Report of the Indian Hemp Drugs Commission, 1894-1895 - Volume VII
Year: 1894
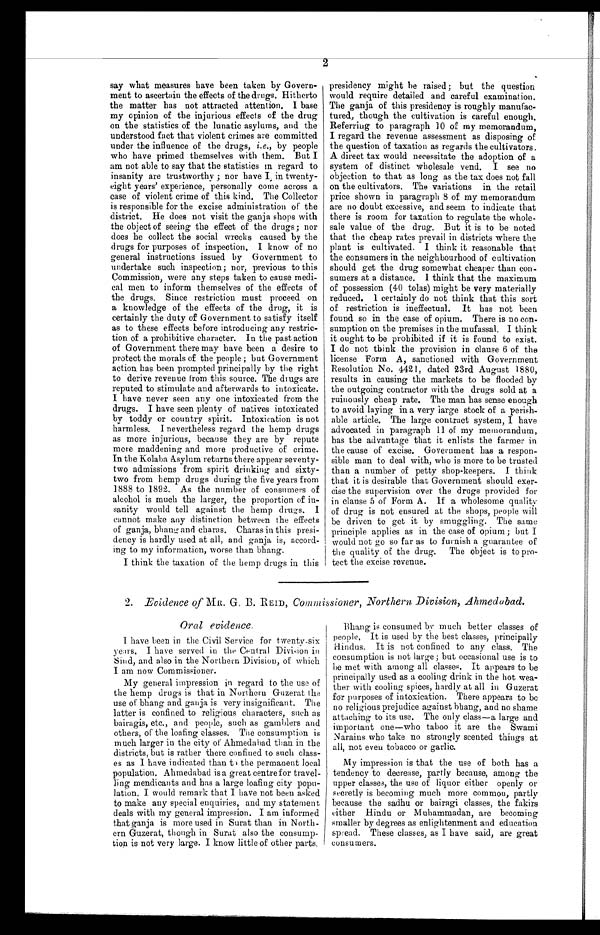
2
say what measures have been taken by Govern
-ment to ascertain the effects of the drugs. Hitherto
the matter has not attracted attention. I base
my opinion of the injurious effects of the drug
on the statistics of the lunatic asylums, and the
understood fact that violent crimes are committed
under the influence of the drugs, i.e., by people
who have primed themselves with them. But I
am not able to say that the statistics in regard to
insanity are trustworthy ; nor have I in twenty-
eight years' experience, personally come across a
case of violent crime of this kind. The Collector
is responsible for the excise administration of the
district. He does not visit the ganja shops with
the object of seeing the effect of the drugs; nor
does he collect the social wrecks caused by the
drugs for purposes of inspection. I know of no
general instructions issued by Government to
undertake such inspection; nor, previous to this
Commission, were any steps taken to cause medi
-cal men to inform themselves of the effects of
the drugs. Since restriction must proceed on
a knowledge of the effects of the drug, it is
certainly the duty of Government to satisfy itself
as to these effects before introducing any restric
-tion of a prohibitive character. In the past action
of Government there may have been a desire to
protect the morals of the people ; but Government
action has been prompted principally by the right
to derive revenue from this source. The drugs are
reputed to stimulate and afterwards to intoxicate.
I have never seen any one intoxicated from the
drugs. I have seen plenty of natives intoxicated
by toddy or country spirit. Intoxication is not
harmless. I nevertheless regard the hemp drugs
as more injurious, because they are by repute
more maddening and more productive of crime.
In the Kolaba Asylum returns there appear seventy
-two admissions from spirit drinking and sixty
-two from hemp drugs during the five years from
1888 to 1892. As the number of consumers of
alcohol is much the larger, the proportion of in-
sanity would tell against the hemp drugs. I
cannot make any distinction between the effects
of ganja, bhang and charas. Charas in this presi
-dency is hardly used at all, and ganja is, accord
-ing to my information, worse than bhang.
I think the taxation of the hemp drugs in this
presidency might be raised; but the question
would require detailed and careful examination.
The ganja of this presidency is roughly manufac
-tured, though the cultivation is careful enough.
Referring to paragraph 10 of my memorandum,
I regard the revenue assessment as disposing of
the question of taxation as regards the cultivators.
A direct tax would necessitate the adoption of a
system of distinct wholesale vend. I see no
objection to that as long as the tax does not fall
on the cultivators. The variations in the retail
price shown in paragraph 8 of my memorandum
are no doubt excessive, and seem to indicate that
there is room for taxation to regulate the whole
-sale value of the drug. But it is to be noted
that the cheap rates prevail in districts where the
plant is cultivated. I think it reasonable that
the consumers in the neighbourhood of cultivation
should get the drug somewhat cheaper than con
-sumers at a distance. I think that the maximum
of possession (40 tolas) might be very materially
reduced. 1 certainly do not think that this sort
of restriction is ineffectual. It has not been
found so in the case of opium. There is no con
-sumption on the premises in the mufassal. I think
it ought to be prohibited if it is found to exist.
I do not think the provision in clause 6 of the
license Form A, sanctioned with Government
Resolution No. 4421, dated 23rd August 1880,
results in causing the markets to be flooded by
the outgoing contractor with the drugs sold at a
ruinously cheap rate. The man has sense enough
to avoid laying in a very large stock of a perish
-able article. The large contract system, I have
advocated in paragraph 11 of my memorandum,
has the advantage that it enlists the farmer in
the cause of excise. Government has a respon
-sible man to deal with, who is more to be trusted
than a number of petty shop-keepers. I think
that it is desirable that Government should exer
-cise the supervision over the drugs provided for
in clause 5 of Form A. If a wholesome quality
of drug is not ensured at the shops, people will
be driven to get it by smuggling. The same
principle applies as in the case of opium; but I
would not go so far as to furnish a guarantee of
the quality of the drug. The object is to pro
-tect the excise revenue.
2. Evidence of MR. G. B. REID, Commissioner, Northern Division, Ahmedabad.
Oral evidence.
I have been in the Civil Service for twenty-six
years. I have served in the Central Division in
Sind, and also in the Northern Division, of which
I am now Commissioner.
My general impression in regard to the use of
the hemp drugs is that in Northern Guzerat the
use of bhang and ganja is very insignificant. The
latter is confined to religious characters, such as
bairagis, etc., and people, such as gamblers and
others, of the loafing classes. The consumption is
much larger in the city of Ahmedabad than in the
districts, but is rather there confined to such class
-es as I have indicated than to the permanent local
population. Ahmedabad is a great centre for travel
-ling mendicants and has a large loafing city popu
-lation. I would remark that I have not been asked
to make any special enquiries, and my statement
deals with my general impression. I am informed
that ganja is more used in Surat than in North
-ern Guzerat, though in Surat also the consump
-tion is not very large. I know little of other parts.
Bhang is consumed by much better classes of
people. It is used by the best classes, principally
Hindus. It is not confined to any class. The
consumption is not large; hut occasional use is to
be met with among all classes. It appears to be
principally used as a cooling drink in the hot wea
-ther with cooling spices, hardly at all in Guzerat
for purposes of intoxication. There appears to be
no religious prejudice against bhang, and no shame
attaching to its use. The only class—a large and
important one—who taboo it are the Swami
Narains who take no strongly scented things at
all, not even tobacco or garlic.
My impression is that the use of both has a
tendency to decrease, partly because, among the
upper classes, the use of liquor either openly or
secretly is becoming much more common, partly
because the sadhu or bairagi classes, the fakirs
either Hindu or Muhammadan, are becoming
smaller by degrees as enlightenment and education
spread. These classes, as I have said, are great
consumers.